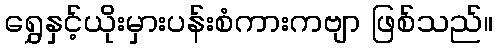
ရွှေနှင့်ယိုးမှားပန်းစံကားကဗျာ ဖြစ်သည်။